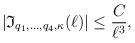
LaTeX: \begin{align*}|\mathfrak{I}_{q_1,\ldots, q_4, \kappa}(\ell)|\leq \frac{C}{\ell^ {3}},\end{align*}